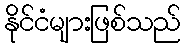
နိုင်ငံများဖြစ်သည်